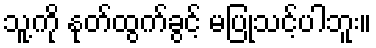
သူ့ကို နုတ်ထွက်ခွင့် မပြုသင့်ပါဘူး။